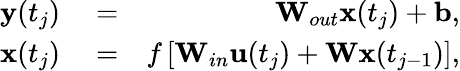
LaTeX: \begin{array}{rlr}{\mathbf{y}(t_{j})}&{{}=}&{\mathbf{W}_{out}\mathbf{x}(t_{j})+\mathbf{b},}\\ {\mathbf{x}(t_{j})}&{{}=}&{f\left[\mathbf{W}_{in}\mathbf{u}(t_{j})+\mathbf{W}\mathbf{x}(t_{j-1})\right],}\end{array}